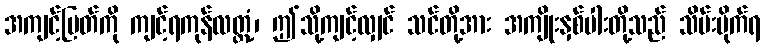
အကျင့်မြတ်ကို ကျင့်ရကုန်လတ္တံ့၊ ဤသို့ကျင့်လျှင် သင်တို့အား အကျိုးနှစ်ပါးတို့သည် သိမ်းပိုက်ရ